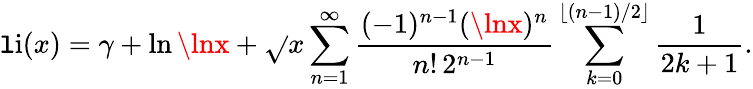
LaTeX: \operatorname{\mathtt{l}i}(x)=\gamma+\ln\lnx+{\sqrt{}{{x}}}\sum_{n=1}^{\infty}{\frac{{(-1)^{n-1}(\lnx)^{n}}}{{n!\, 2^{n-1}}}}\sum_{k=0}^{\lfloor(n-1)/2\rfloor}{\frac{{1}}{{2k+1}}}.